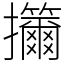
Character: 㩶